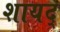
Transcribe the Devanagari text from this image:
शायद्